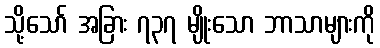
သို့သော် အခြား ၇၃၇ မျိုးသော ဘာသာများကို